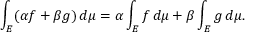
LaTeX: \int _ { E } ( \alpha f + \beta g ) \, d \mu = \alpha \int _ { E } f \, d \mu + \beta \int _ { E } g \, d \mu .